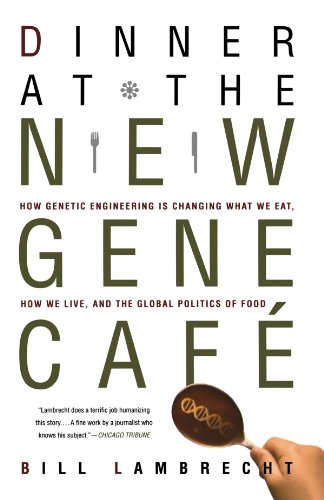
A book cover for Dinner at the New Gene Cafe: How Genetic Engineering Is Changing What We Eat, How We Live, and the Global Politics of Food; Bill Lambrecht; Health, Fitness & Dieting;